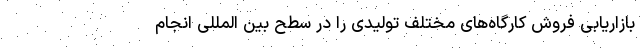
بازاریابی فروش کارگاه‌های مختلف تولیدی را در سطح بین المللی انجام